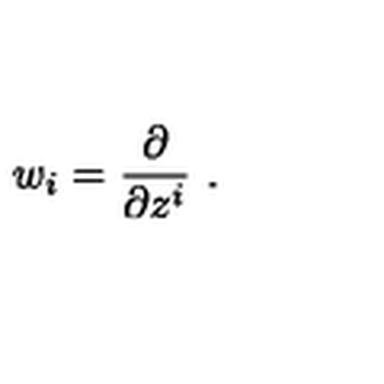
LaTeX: w _ { i } = \frac { \partial } { \partial z ^ { i } } \ .